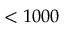
< 1 0 0 0